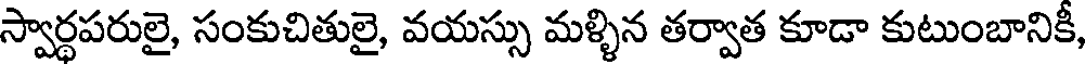
స్వార్థపరులై, సంకుచితులై, వయస్సు మళ్ళిన తర్వాత కూడా కుటుంబానికీ,